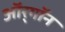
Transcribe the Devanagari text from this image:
ऑर्‌गॉन